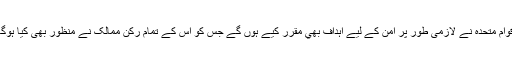
اقوام متحدہ نے لازمی طور پر امن کے لیے اہداف بھي مقرر کیے ہوں گے جس کو اس کے تمام رکن ممالک نے منظور بھی کیا ہوگا۔